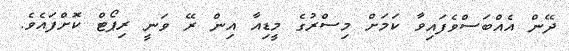
ދޭން އެއްބަސްވެފައިވާ ކަމަށް މިސްރުގެ މީޑިއާ އިން ރޭ ވަނީ ރިޕޯޓް ކޮށްފައެވެ.